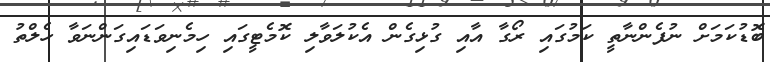
ބޮޑުކަމަށް ނުފެންނާތީ ކަމުގައި ރޯގާ އާއި ގުޅިގެން އެކުލަވާލި ކޮމެޓީގައި ހިމެނިވަޑައިގަންނަވާ ހެލްތު